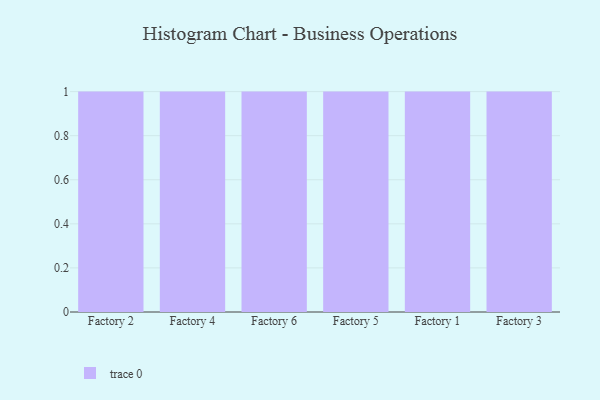
{"axis": {"x": "Factory", "y": "Demand Index"}, "legend": [""], "data": [{"x": "Factory 2", "y": 69, "type": ""}, {"x": "Factory 4", "y": 57, "type": ""}, {"x": "Factory 6", "y": 44, "type": ""}, {"x": "Factory 5", "y": 83, "type": ""}, {"x": "Factory 1", "y": 93, "type": ""}, {"x": "Factory 3", "y": 23, "type": ""}]}